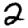
Digit: 2